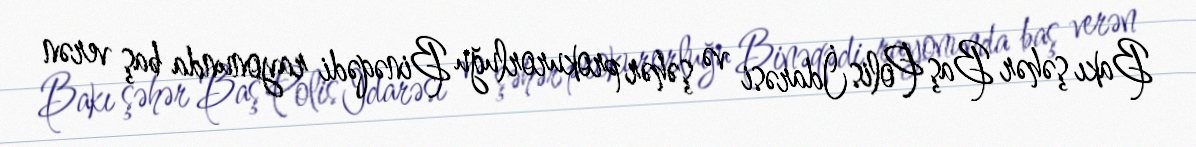
Bakı şəhər Baş Polis İdarəsi və şəhər prokurorluğu Binəqədi rayonunda baş verən